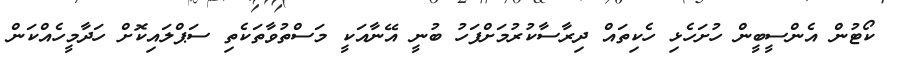
ކޯޓުން އެންސީބީން ހުށަހެޅި ހެކިތައް ދިރާސާކުރުމަށްފަހު ބުނީ އޭނާއަކީ މަސްތުވާތަކެތި ސަޕްލައިކޮށް ހަދާމީހެއްކަން